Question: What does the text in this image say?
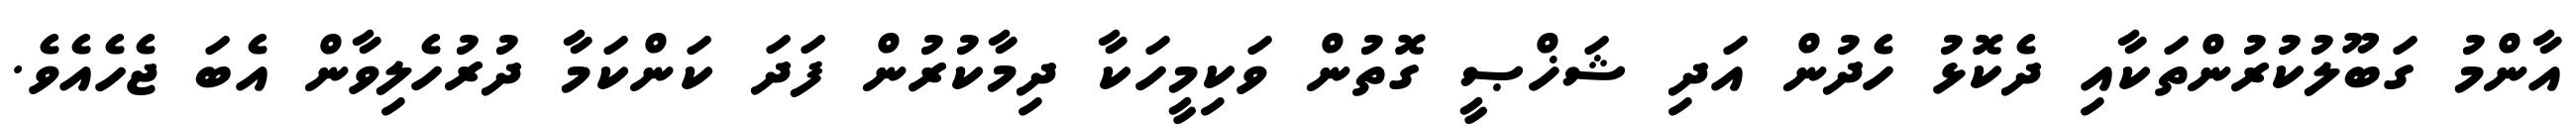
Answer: އާންމު ގަބޫލުކުރުންތަކާއި ދެކޮޅު ހެދުން އަދި ޝަޚްޞީ ގޮތުން ވަކިމީހަކާ ދިމާކުރުން ފަދަ ކަންކަމާ ދުރުހެލިވާން އެބަ ޖެހެއެވެ.